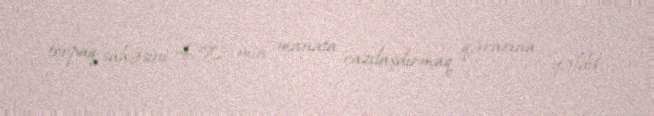
torpaq sahəsini 450 min manata razılaşdırmaq qərarına gəldik.